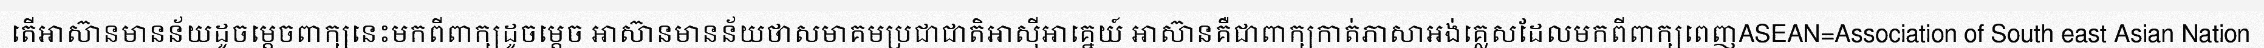
តើអាស៊ានមានន័យដូចម្តេចពាក្យនេះមកពីពាក្យដូចម្តេច អាស៊ានមានន័យថាសមាគមប្រជាជាតិអាស៊ីអាគ្នេយ៍ អាស៊ានគឺជាពាក្យកាត់ភាសាអង់គ្លេសដែលមកពីពាក្យពេញASEAN=Association of South east Asian Nation